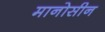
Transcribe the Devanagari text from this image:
मानोसीन